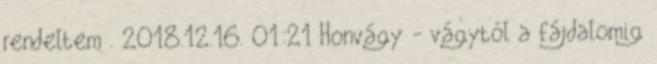
rendeltem . 2018.12.16. 01:21 Honvágy - vágytól a fájdalomig